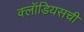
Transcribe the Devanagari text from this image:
क्लॉडियसची